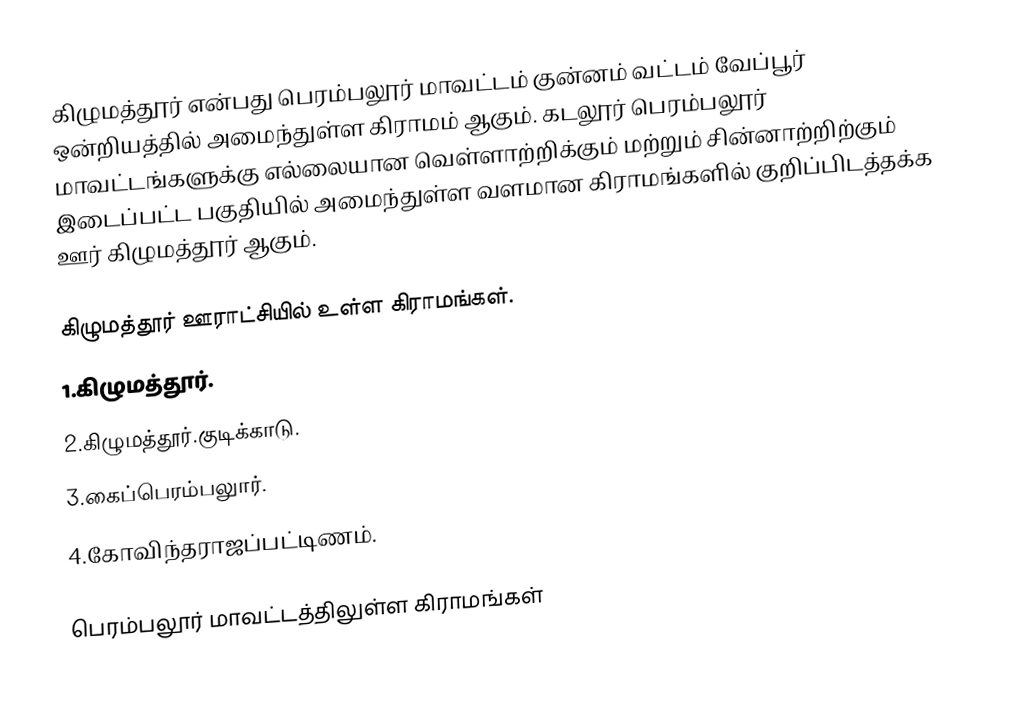
கிழுமத்தூர் என்பது பெரம்பலூர் மாவட்டம் குன்னம் வட்டம் வேப்பூர் ஒன்றியத்தில் அமைந்துள்ள கிராமம் ஆகும். கடலூர் பெரம்பலூர் மாவட்டங்களுக்கு எல்லையான வெள்ளாற்றிக்கும் மற்றும் சின்னாற்றிற்கும் இடைப்பட்ட பகுதியில் அமைந்துள்ள வளமான கிராமங்களில் குறிப்பிடத்தக்க ஊர் கிழுமத்தூர் ஆகும்.

கிழுமத்தூர்  ஊராட்சியில் உள்ள கிராமங்கள்.
1.கிழுமத்தூர்.
2.கிழுமத்தூர்.குடிக்காடு.
3.கைப்பெரம்பலுார்.
4.கோவிந்தராஜப்பட்டிணம்.

பெரம்பலூர் மாவட்டத்திலுள்ள கிராமங்கள்